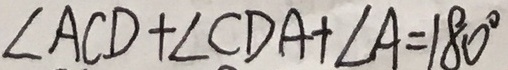
\angle A C D + \angle C D A + \angle A = 1 8 0 ^ { \circ }